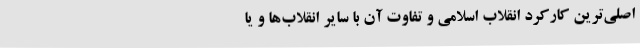
اصلی‌ترین کارکرد انقلاب اسلامی و تفاوت آن با سایر انقلاب‌ها و یا